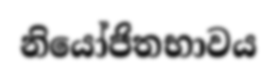
නියෝජිතභාවය